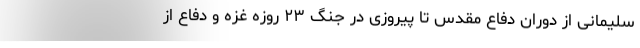
سلیمانی از دوران دفاع مقدس تا پیروزی در جنگ ۲۳ روزه غزه و دفاع از